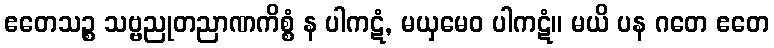
ဧတေသဉ္စ သဗ္ဗညုတညာဏကိစ္စံ န ပါကဋံ, မယှမေဝ ပါကဋံ။ မယိ ပန ဂတေ ဧတေ